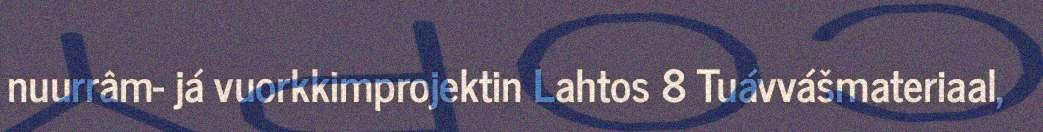
nuurrâm- já vuorkkimprojektin Lahtos 8 Tuávvášmateriaal,